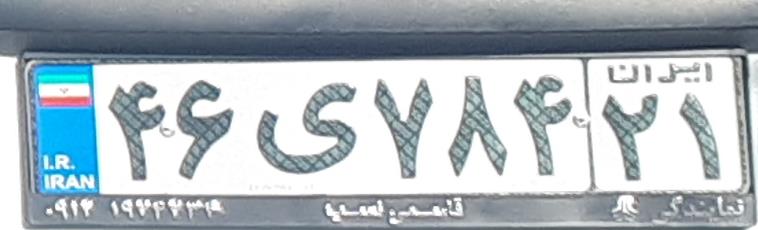
۴۶ی۸۷۴۲۱